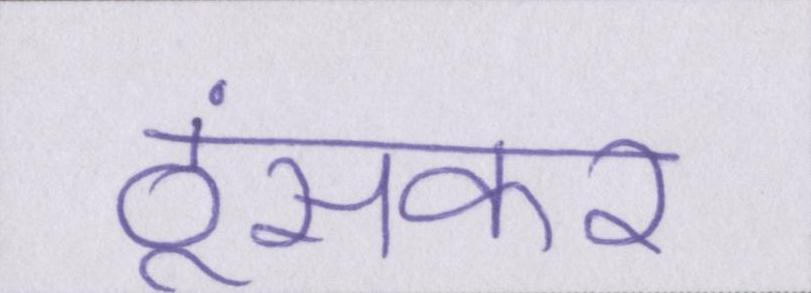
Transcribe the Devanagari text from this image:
ठूंसकर